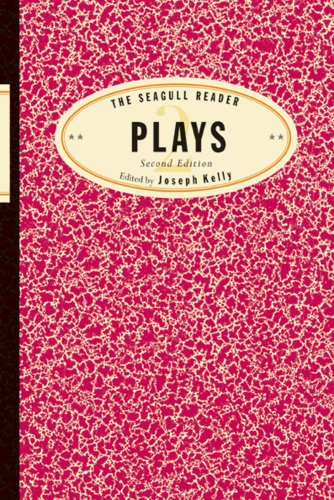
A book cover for The Seagull Reader: Plays (Second Edition) (Seagull Readers); Literature & Fiction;